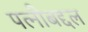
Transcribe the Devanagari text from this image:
पत्नीबद्दल